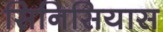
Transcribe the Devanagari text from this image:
सिनिसियास